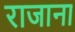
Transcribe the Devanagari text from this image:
राजाना